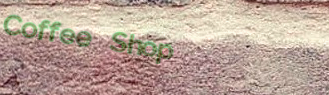
Coffee Shop